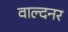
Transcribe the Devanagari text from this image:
वाल्दनर